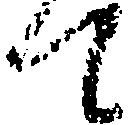
て